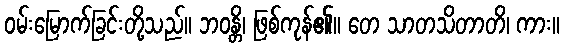
ဝမ်းမြောက်ခြင်းတို့သည်။ ဘဝန္တိ၊ ဖြစ်ကုန်၏။ တေ သာတသိတာတိ၊ ကား။